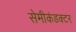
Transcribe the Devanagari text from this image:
सेमीकंडक्‍टर